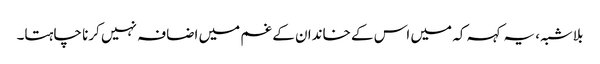
بلاشبہ، یہ کہہ کہ میں اس کے خاندان کے غم میں اضافہ نہیں کرنا چاہتا۔